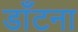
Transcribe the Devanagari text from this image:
डाँटना